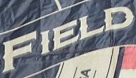
FIELD